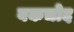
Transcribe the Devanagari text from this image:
बकचोद